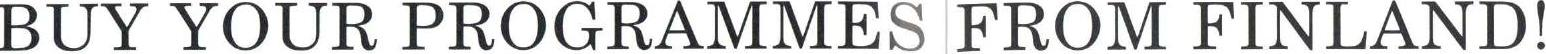
BUY YOUR PROGRAMMESFROM FINLAND!